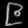
Digit: ၉